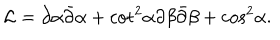
LaTeX: { \cal L } = \partial \alpha \bar { \partial } \alpha + { \cot } ^ { 2 } \alpha \partial \beta \bar { \partial } \beta + { \cos } ^ { 2 } \alpha .